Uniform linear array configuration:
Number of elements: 24
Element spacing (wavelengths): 0.25
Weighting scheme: hann
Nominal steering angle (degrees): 30
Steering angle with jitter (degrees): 28.142
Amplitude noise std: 0.05
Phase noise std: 0.05

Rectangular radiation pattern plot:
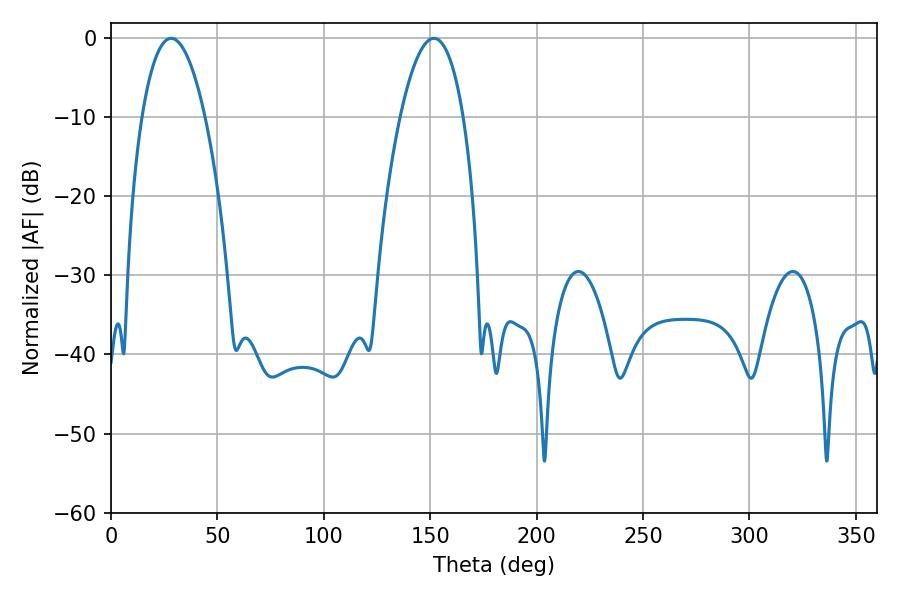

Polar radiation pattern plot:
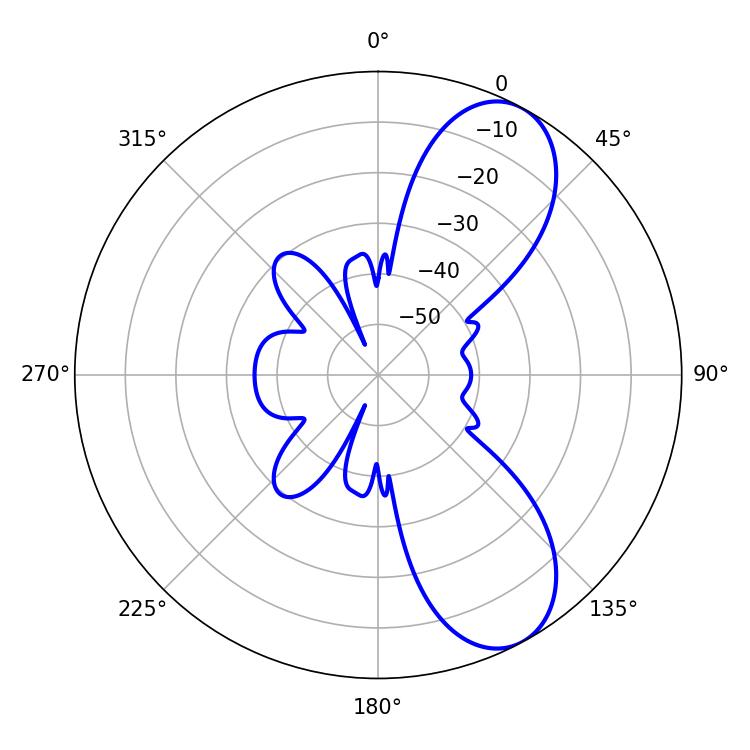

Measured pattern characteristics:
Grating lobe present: FALSE
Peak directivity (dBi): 8.334
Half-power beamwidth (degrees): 16.56
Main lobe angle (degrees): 28.26